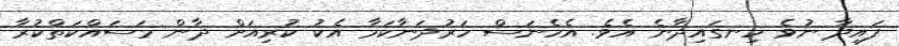
ފައިދާ ނުވެ ހިނގައިދާނެ އެވެ. އެހެނަސް ހަރުދަނާކަމާ އެކު ކުރިއަށް ދާން މަސައްކަތްކުރާ